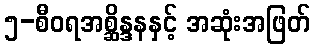
၅-စီဝရအစ္ဆိန္ဒနနှင့် အဆုံးအဖြတ်